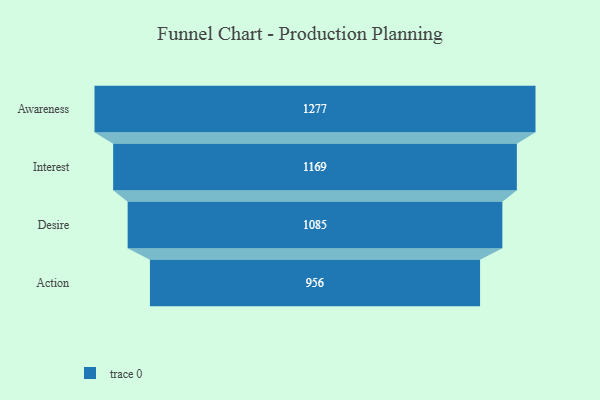
{"axis": {"x": "Stage", "y": "Value"}, "legend": [""], "data": [{"x": "Awareness", "y": 1277.0, "type": ""}, {"x": "Interest", "y": 1169.0, "type": ""}, {"x": "Desire", "y": 1085.0, "type": ""}, {"x": "Action", "y": 956.0, "type": ""}]}